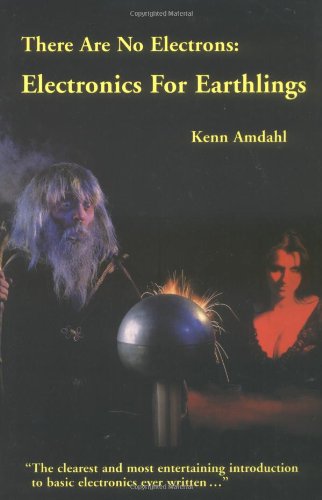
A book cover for There Are No Electrons: Electronics for Earthlings; Kenn Amdahl; Humor & Entertainment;